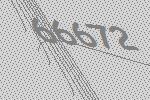
66672